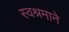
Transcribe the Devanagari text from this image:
स्वश्रमाने